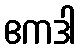
ဧကဒါ